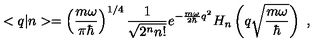
< q | n > = \left( \frac { m \omega } { \pi \hbar } \right) ^ { 1 / 4 } \frac { 1 } { \sqrt { 2 ^ { n } n ! } } e ^ { - \frac { m \omega } { 2 \hbar } q ^ { 2 } } H _ { n } \left( q \sqrt { \frac { m \omega } { \hbar } } \right) \ ,